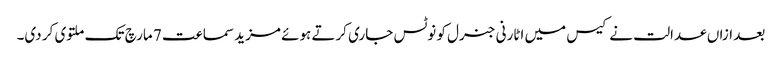
بعد ازاں عدالت نے کیس میں اٹارنی جنرل کو نوٹس جاری کرتے ہوئے مزید سماعت 7 مارچ تک ملتوی کر دی۔